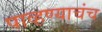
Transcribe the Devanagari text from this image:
पाव्हण्याचंच